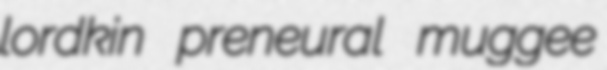
lordkin preneural muggee